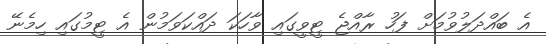
އެ ބައްދަލުވުމަށް ފަހު ރާއްޖެ ޓީވީގައި ވާހަކަ ދައްކަވަމުން އެ ޓީމުގައި ހިމެނޭ